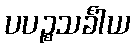
ပပဉ္စသင်္ခါယ